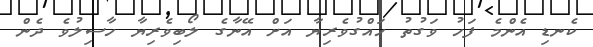
ކެނޑި އެންމެ ފަހު ވަގުތު ހައްގުވެރިޔާ އަށް އޭނާގެ ލޯބިވެރިޔާ ހާސިލުވެ ދެން